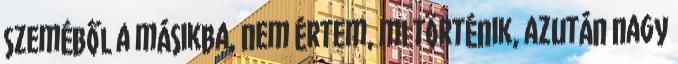
szeméből a másikba, nem értem, mi történik, azután nagy